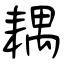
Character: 耦